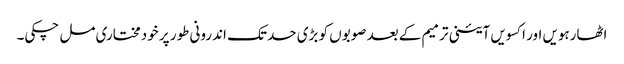
اٹھارہویں اور اکسویں آئینی ترمیم کے بعد صوبوں کو بڑی حد تک اندرونی طور پر خودمختاری مل چکی۔